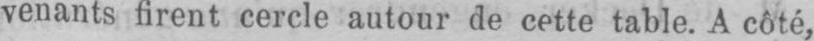
venants firent cercle autour de cette table. A côté,